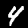
Digit: 4